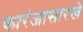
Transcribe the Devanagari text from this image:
कारंजासारखे